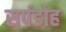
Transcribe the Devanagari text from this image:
सर्पडोह